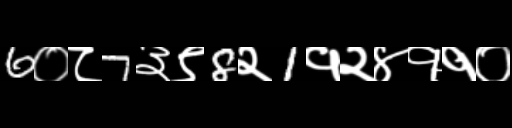
Text: 6०८7३९8२1१२४११०